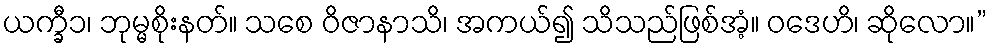
ယက္ခီ၁၊ ဘုမ္မစိုးနတ်။ သစေ ဝိဇာနာသိ၊ အကယ်၍ သိသည်ဖြစ်အံ့။ ဝဒေဟိ၊ ဆိုလော။”